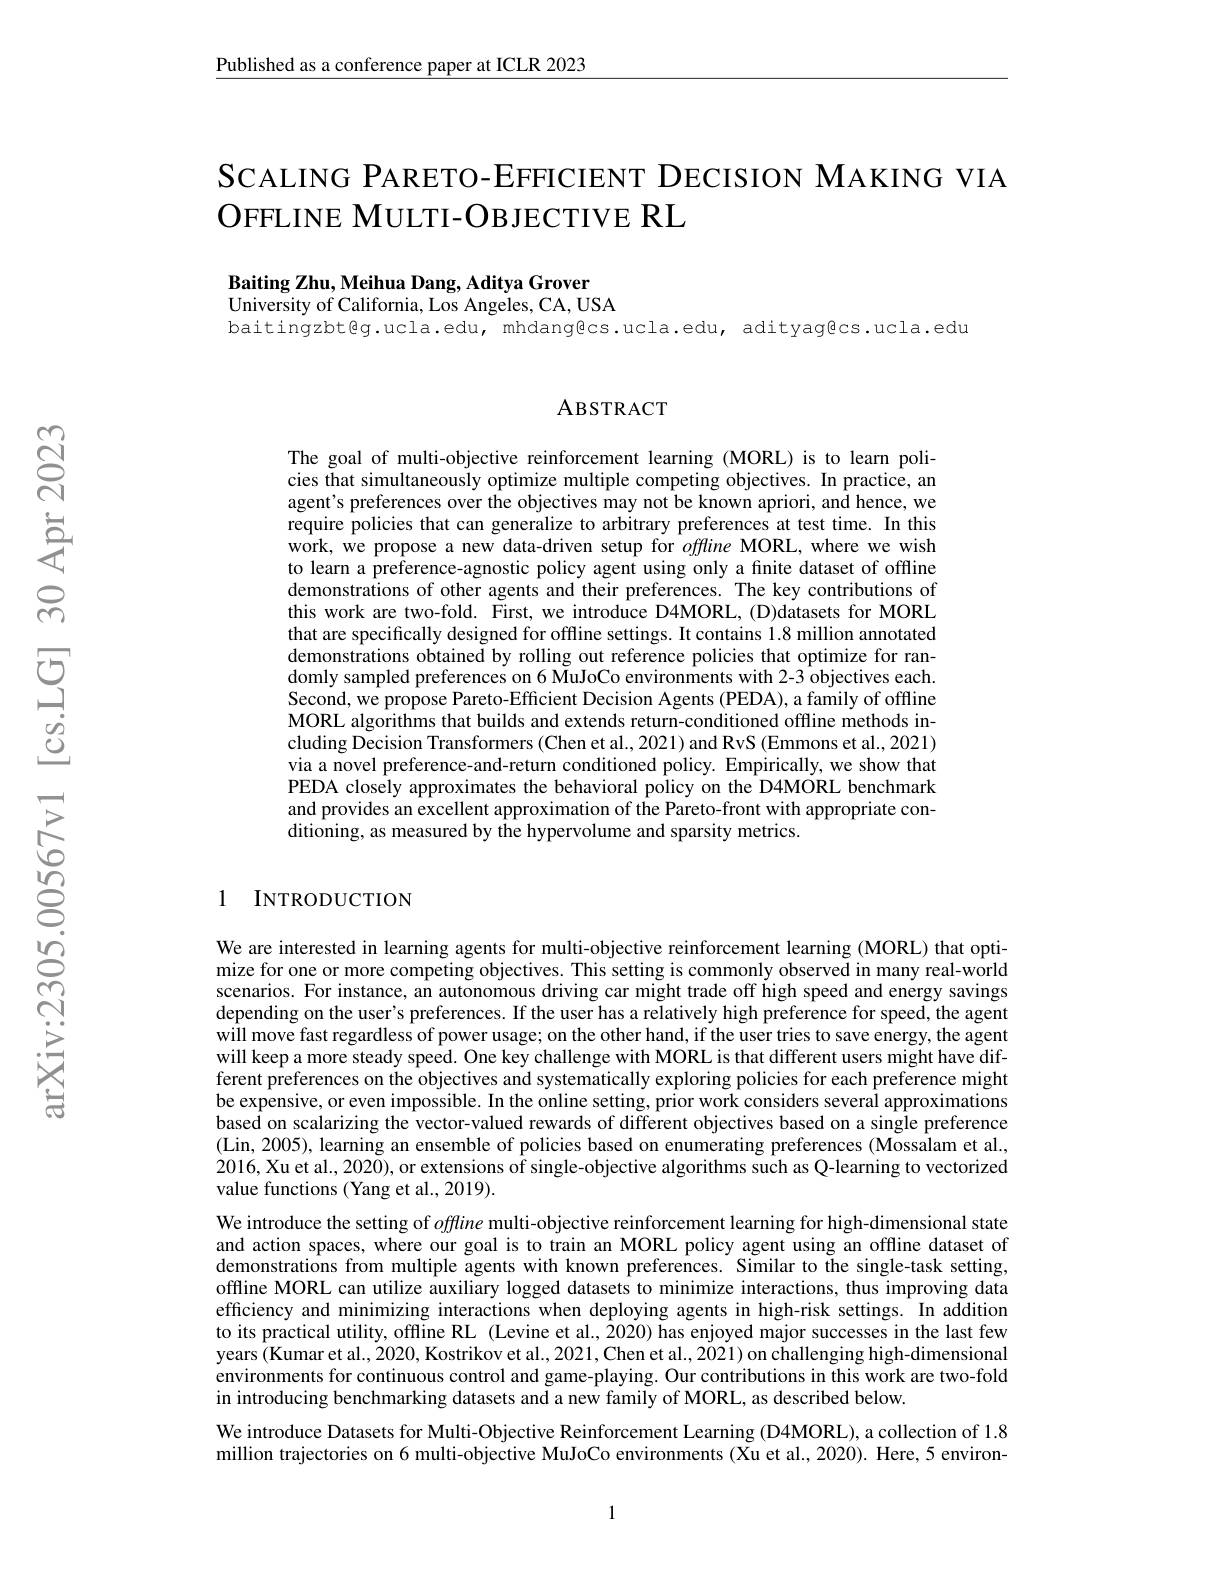
Published as a conference paper at ICLR 2023

SCALING PARETO-EFFICIENT DECISION MAKING VIA
OFFLINE MULTI- OBJECTIVE RL

Baiting Zhu, Meihua Dang, Aditya Grover
University of California, Los Angeles, CA, USA
baitingzbt@g.ucla.edu, mhdang@cs.ucla.edu, adityag@cs.ucla.edu

### ABSTRACT

The goal of multi-objective reinforcement learning (MORL) is to learn policies that simultaneously optimize multiple competing objectives. In practice, an agent's preferences over the objectives may not be known apriori, and hence, we require policies that can generalize to arbitrary preferences at test time. In this work, we propose a new data-driven setup for offline MORL, where we wish to learn a preference-agnostic policy agent using only a finite dataset of offline demonstrations of other agents and their preferences. The key contributions of this work are two-fold. First, we introduce D4MORL, (D)datasets for MORL that are specifically designed for offline settings. It contains 1.8 million annotated demonstrations obtained by rolling out reference policies that optimize for randomly sampled preferences on 6 MuJoCo environments with 2-3 objectives each. Second, we propose Pareto-Efficient Decision Agents (PEDA), a family of offfline MORL algorithms that builds and extends return-conditioned offline methods including Decision Transformers (Chen et al., 2021) and RvS (Emmons et al., 2021) via a novel preference-and-return conditioned policy. Empirically, we show that PEDA closely approximates the behavioral policy on the D4MORL benchmark and provides an excellent approximation of the Pareto-front with appropriate con- $\hat{\text{ditioning, as measured by the hypervolume and sparsity metrics.}}$

1 INTRODUCTION

We are interested in learning agents for multi-objective reinforcement learning (MORL) that optimize for one or more competing objectives. This setting is commonly observed in many real-world scenarios. For instance, an autonomous driving car might trade off high speed and energy savings depending on the user's preferences. If the user has a relatively high preference for speed, the agent will move fast regardless of power usage; on the other hand, if the user tries to save energy, the agent will keep a more steady speed. One key challenge with MORL is that different users might have different preferences on the objectives and systematically exploring policies for each preference might be expensive, or even impossible. In the online setting, prior work considers several approximations based on scalarizing the vector-valued rewards of different objectives based on a single preference (Lin, 2005), learning an ensemble of policies based on enumerating preferences (Mossalam et al., 2016, Xu et al., 2020), or extensions of single-objective algorithms such as Q-learning to vectorized value functions (Yang et al., 2019).
We introduce the setting of offline multi-objective reinforcement learning for high-dimensional state and action spaces, where our goal is to train an MORL policy agent using an offline dataset of demonstrations from multiple agents with known preferences. Similar to the single-task setting, offline MORL can utilize auxiliary logged datasets to minimize interactions, thus improving data efficiency and minimizing interactions when deploying agents in high-risk settings. In addition to its practical utility, offline RL (Levine et al., $\hat{2}020)$ has enjoyed major successes in the last few years (Kumar et al., 2020, Kostrikov et al., 2021, Chen et al., 2021) on challenging high-dimensional environments for continuous control and game-playing. Our contributions in this work are two-fold in introducing benchmarking datasets and a new family of MORL, as described below.
We introduce Datasets for Multi-Objective Reinforcement Learning (D4MORL), a collection of 1.8 million trajectories on 6 multi-objective MuJoCo environments (Xu et al., 2020). Here, 5 environ-

1